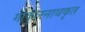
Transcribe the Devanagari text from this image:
गोकुलनाथकृत